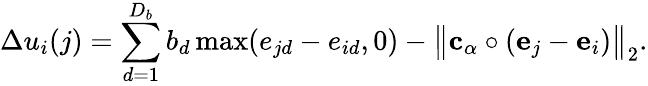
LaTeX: \Delta u_{i}(j)=\sum_{d=1}^{D_{b}}b_{d}\operatorname*{max}(e_{jd}-e_{id},0)-\big\| {\mathbf{c}}_{\alpha}\circ({\mathbf{e}}_{j}-{\mathbf{e}}_{i})\big\| _{2}.